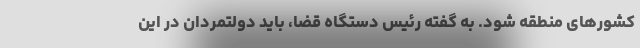
کشور‌های منطقه شود. به گفته رئیس دستگاه قضا، باید دولتمردان در این